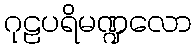
ဂုဠပရိမဏ္ဍလော